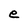
Character: e